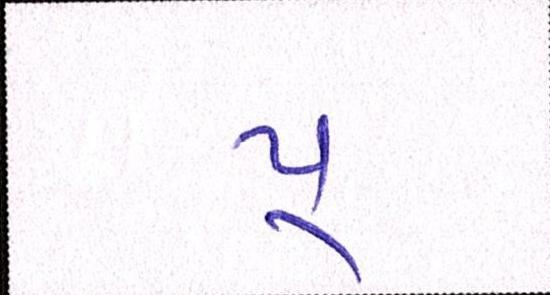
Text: પૂ